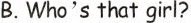
B.Who's that girl?